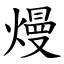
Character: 熳